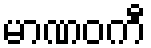
မာဏဝကီ